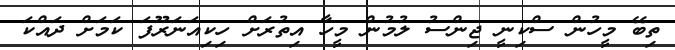
ތިބޭ މީހުން ސްކިނީ ޖިންސު ލުމުން މީހާ އިތުރަށް ހިކިއަނަރޫފަ ކަމަށް ދައްކަ